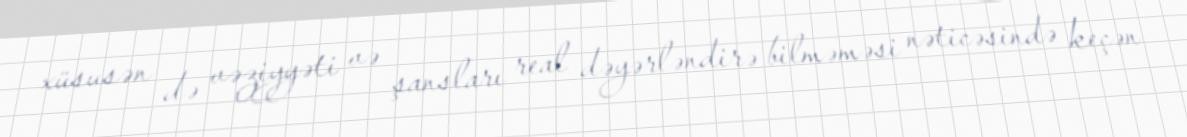
xüsusən də vəziyyəti və şansları real dəyərləndirə bilməməsi nəticəsində keçən